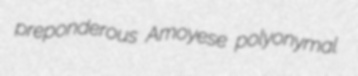
preponderous Amoyese polyonymal